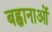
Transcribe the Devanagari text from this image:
बह्वानाओं